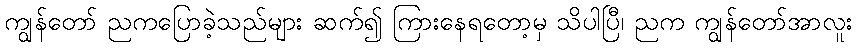
ကျွန်တော် ညကပြောခဲ့သည်များ ဆက်၍ ကြားနေရတော့မှ သိပါပြီ၊ ညက ကျွန်တော်အာလူး